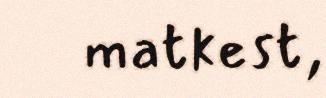
matkest,